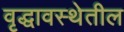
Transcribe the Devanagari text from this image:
वृद्धावस्थेतील